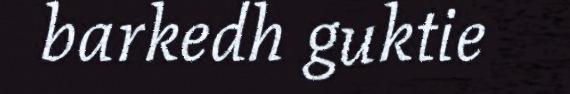
barkedh guktie